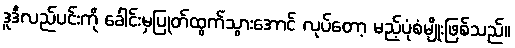
ဒူဒီလည်ပင်းကို ခေါင်းမှပြုတ်ထွက်သွားအောင် လုပ်တော့ မည့်ပုံစံမျိုးဖြစ်သည်။